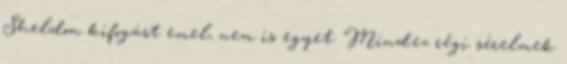
Sheldon kifogást emel, nem is egyet. Mindez régi sérelmek